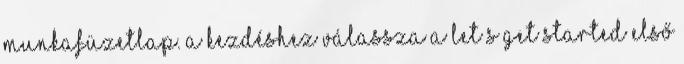
munkafüzetlap. A kezdéshez válassza a Let’s Get Started Első